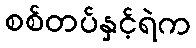
စစ်တပ်နှင့်ရဲက